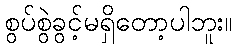
စွပ်စွဲခွင့်မရှိတော့ပါဘူး။